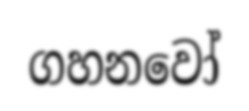
ගහනවෝ